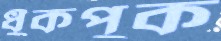
ধুঁকপুক